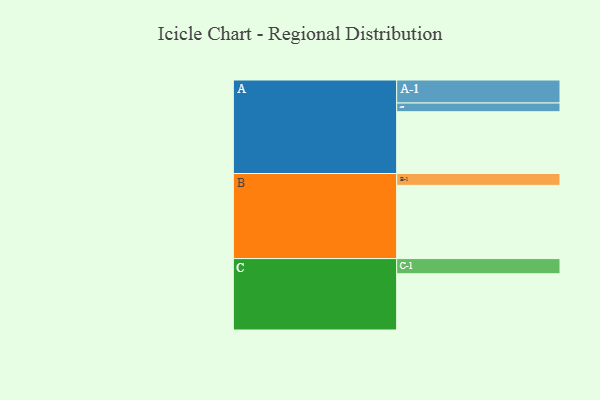
{"axis": {"x": "Segment", "y": "Value"}, "legend": ["", "A", "B", "C"], "data": [{"x": "A", "y": 411, "type": ""}, {"x": "B", "y": 487, "type": ""}, {"x": "C", "y": 374, "type": ""}, {"x": "A-1", "y": 153, "type": "A"}, {"x": "A-2", "y": 58, "type": "A"}, {"x": "B-1", "y": 79, "type": "B"}, {"x": "C-1", "y": 101, "type": "C"}]}